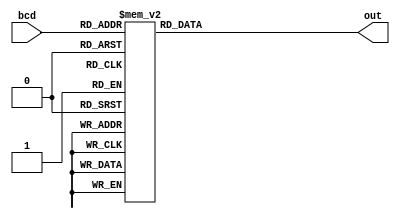
/*
 * Antonio Aguilar
 * Codificador bcd a dec
*/

module bcd2dec(input [3:0]bcd, output reg [9:0]out);
	always @(bcd)
	begin
		case(bcd)
			 0: out = 1;
			 9: out = 2;
			 8: out = 4;
			 7: out = 8;
			 6: out = 16;
			 5: out = 32;
			 4: out = 64;
			 3: out = 128;
			 2: out = 256;
			 1: out = 512;
			 default: out = 0;
		 endcase
	end
endmodule